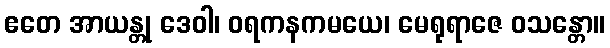
ဧတေ အာယန္တု ဒေဝါ၊ ဝရကနကမယေ၊ မေရုရာဇေ ဝသန္တော။